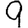
Digit: 9